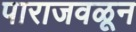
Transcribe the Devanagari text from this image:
पाराजवळून